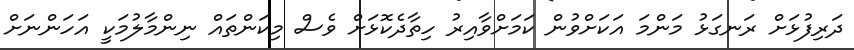
ދަރިފުޅަށް ރަނގަޅު މަންމަ އަކަށްވުން ކަމަށްވާއިރު ހިތާދެކޮޅަށް ވެސް މިކަންތައް ނިންމާލުމަކީ އަހަންނަށް